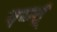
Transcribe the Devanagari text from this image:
पर्य्न्त्